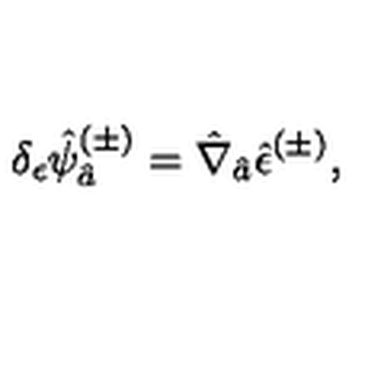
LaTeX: \delta _ { \epsilon } \hat { \psi } _ { \hat { a } } ^ { ( \pm ) } = \hat { \nabla } _ { \hat { a } } \hat { \epsilon } ^ { ( \pm ) } ,